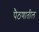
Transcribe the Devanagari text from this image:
पैठणातील